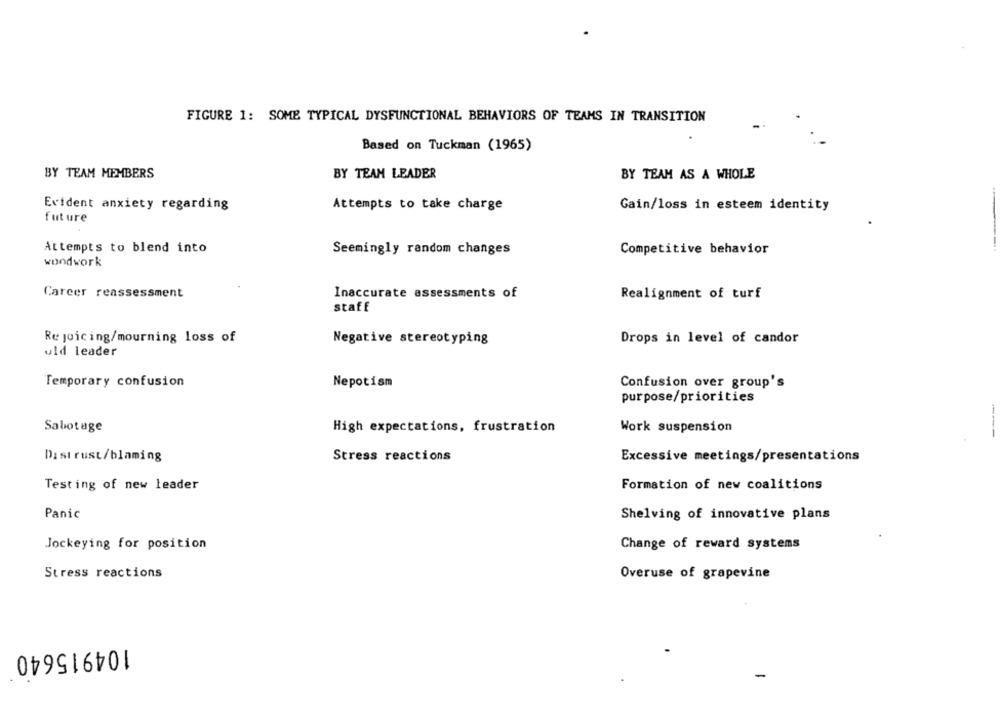
FIGURE 1: SOME TYPICAL DYSFUNCTIONAL BEHAVIORS OF TEAMS IN TRANSITION
Based on Tuckman (1965)
BY TEAM MEMBERS
BY TEAM LEADER
BY TEAM AS A WHOLE
Evident anxiety regarding
Attempts to take charge
Gain/loss in esteem identity
future
Attempts to blend into
Seemingly random changes
Competitive behavior
wondwork
Career reassessment
Inaccurate assessments of
Realignment of turf
staff
Rejoicing/mourning loss of
Drops in level of candor
Negative stereotyping
uld leader
Temporary confusion
Nepotism
Confusion over group's
purpose/priorities
Sabotage
High expectations, frustration
Work suspension
-----
Distrust/blaming
Stress reactions
Excessive meetings/presentations
Testing of new leader
Formation of new coalitions
Panic
Shelving of innovative plans
Jockeying for position
Change of reward systems
Stress reactions
Overuse of grapevine
104915640